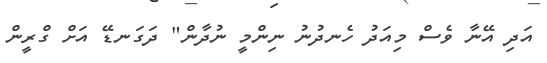
އަދި އޭނާ ވެސް މިއަދު ހެނދުނު ނިންމީ ނުދާން" ދަގަނޑޭ އަށް ގްރީން